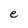
Character: e